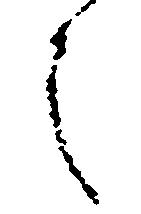
之